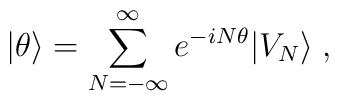
|\theta\rangle = \sum_{N=-\infty}^\infty e^{-iN\theta} |V_N\rangle\; ,